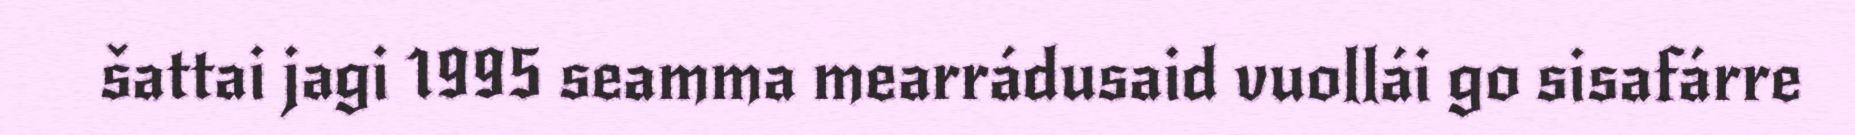
šattai jagi 1995 seamma mearrádusaid vuollái go sisafárre